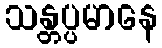
သန္တပ္ပမာနေ